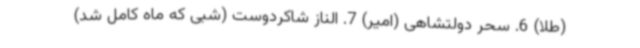
(طلا) 6. سحر دولتشاهی (امیر) 7. الناز شاکردوست (شبی که ماه کامل شد)